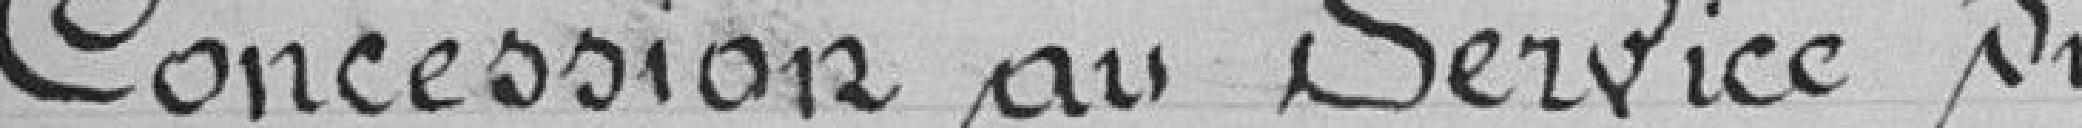
Concession au service du